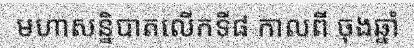
មហាសន្និបាតលើកទី៨ កាលពី ចុងឆ្នាំ